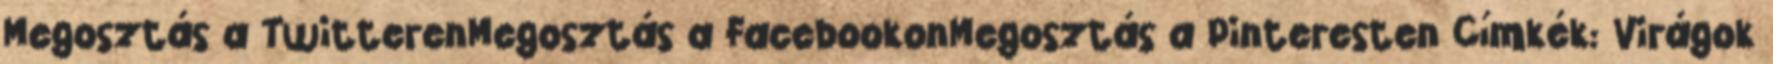
Megosztás a TwitterenMegosztás a FacebookonMegosztás a Pinteresten Címkék: Virágok